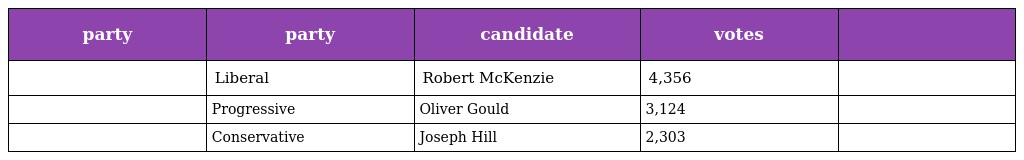
| party | party | candidate | votes |  |
 | --- | --- | --- | --- | --- |
 |  | Liberal | Robert McKenzie | 4,356 |  |
 |  | Progressive | Oliver Gould | 3,124 |  |
 |  | Conservative | Joseph Hill | 2,303 |  |